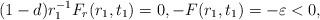
\begin{align*}(1-d)r_{1}^{-1} F_{r}(r_{1},t_{1})=0,- F(r_{1},t_{1})=- \varepsilon<0,\end{align*}